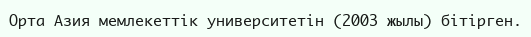
Орта Азия мемлекеттік университетін (2003 жылы) бітірген.